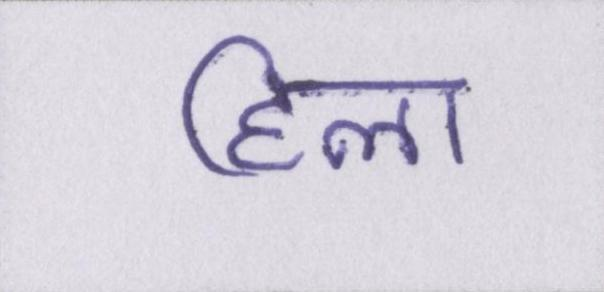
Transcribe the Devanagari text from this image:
हिला